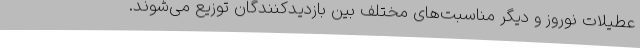
عطیلات نوروز و دیگر مناسبت‌های مختلف بین بازدیدکنندگان توزیع می‌شوند.